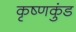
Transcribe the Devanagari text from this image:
कृष्णकुंड